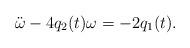
LaTeX: \begin{align*}\ddot{\omega}-4q_2(t)\omega=-2 q_1(t).\end{align*}